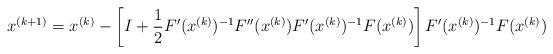
LaTeX: \begin{align*} x^{(k+1)} = x^{(k)} - \left[ I + \frac{1}{2} F'(x^{(k)})^{-1} F''(x^{(k)}) F'(x^{(k)})^{-1} F(x^{(k)}) \right] F'(x^{(k)})^{-1} F(x^{(k)}) \end{align*}